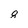
Character: 8